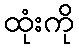
ထုံးကို